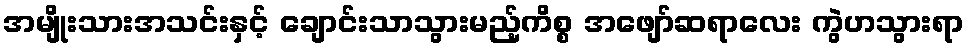
အမျိုးသားအသင်းနှင့် ချောင်းသာသွားမည့်ကိစ္စ အဖျော်ဆရာလေး ကွဲဟသွားရာ